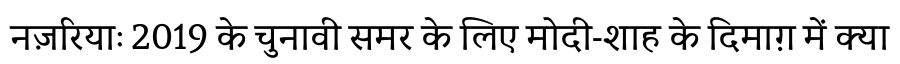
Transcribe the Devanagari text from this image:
नज़रियाः 2019 के चुनावी समर के लिए मोदी-शाह के दिमाग़ में क्या